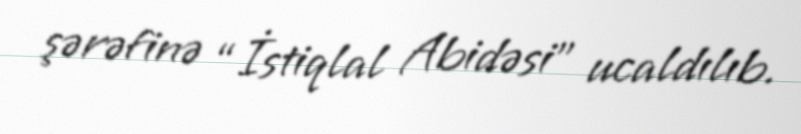
şərəfinə “İstiqlal Abidəsi” ucaldılıb.